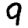
Digit: 9